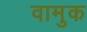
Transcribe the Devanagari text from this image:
वामुक